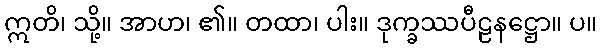
ဣတိ၊ သို့။ အာဟ၊ ၏။ တထာ၊ ပါး။ ဒုက္ခဿပီဠနဋ္ဌော။ ပ။